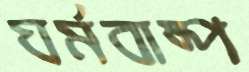
ঘর্মবাষ্প